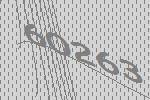
60263